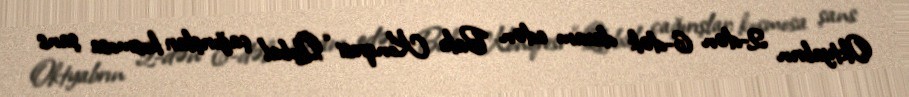
Oktyabrın 2-dən 6-dək davam edən Bakı Konqresi “Qlobal çağırışlar: kosmosa şans